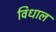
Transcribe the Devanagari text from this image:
विधाल